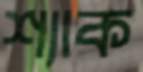
শ্যাক